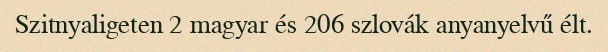
Szitnyaligeten 2 magyar és 206 szlovák anyanyelvű élt.